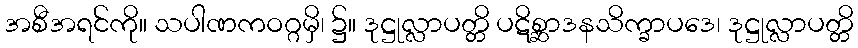
အစီအရင်ကို။ သပါဏကဝဂ္ဂမှိ၊ ၌။ ဒုဋ္ဌုလ္လာပတ္တိ ပဋိစ္ဆာဒနသိက္ခာပဒေ၊ ဒုဋ္ဌုလ္လာပတ္တိ